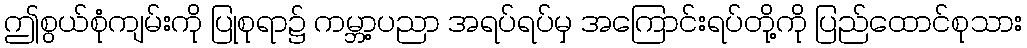
ဤစွယ်စုံကျမ်းကို ပြုစုရာ၌ ကမ္ဘာ့ပညာ အရပ်ရပ်မှ အကြောင်းရပ်တို့ကို ပြည်ထောင်စုသား